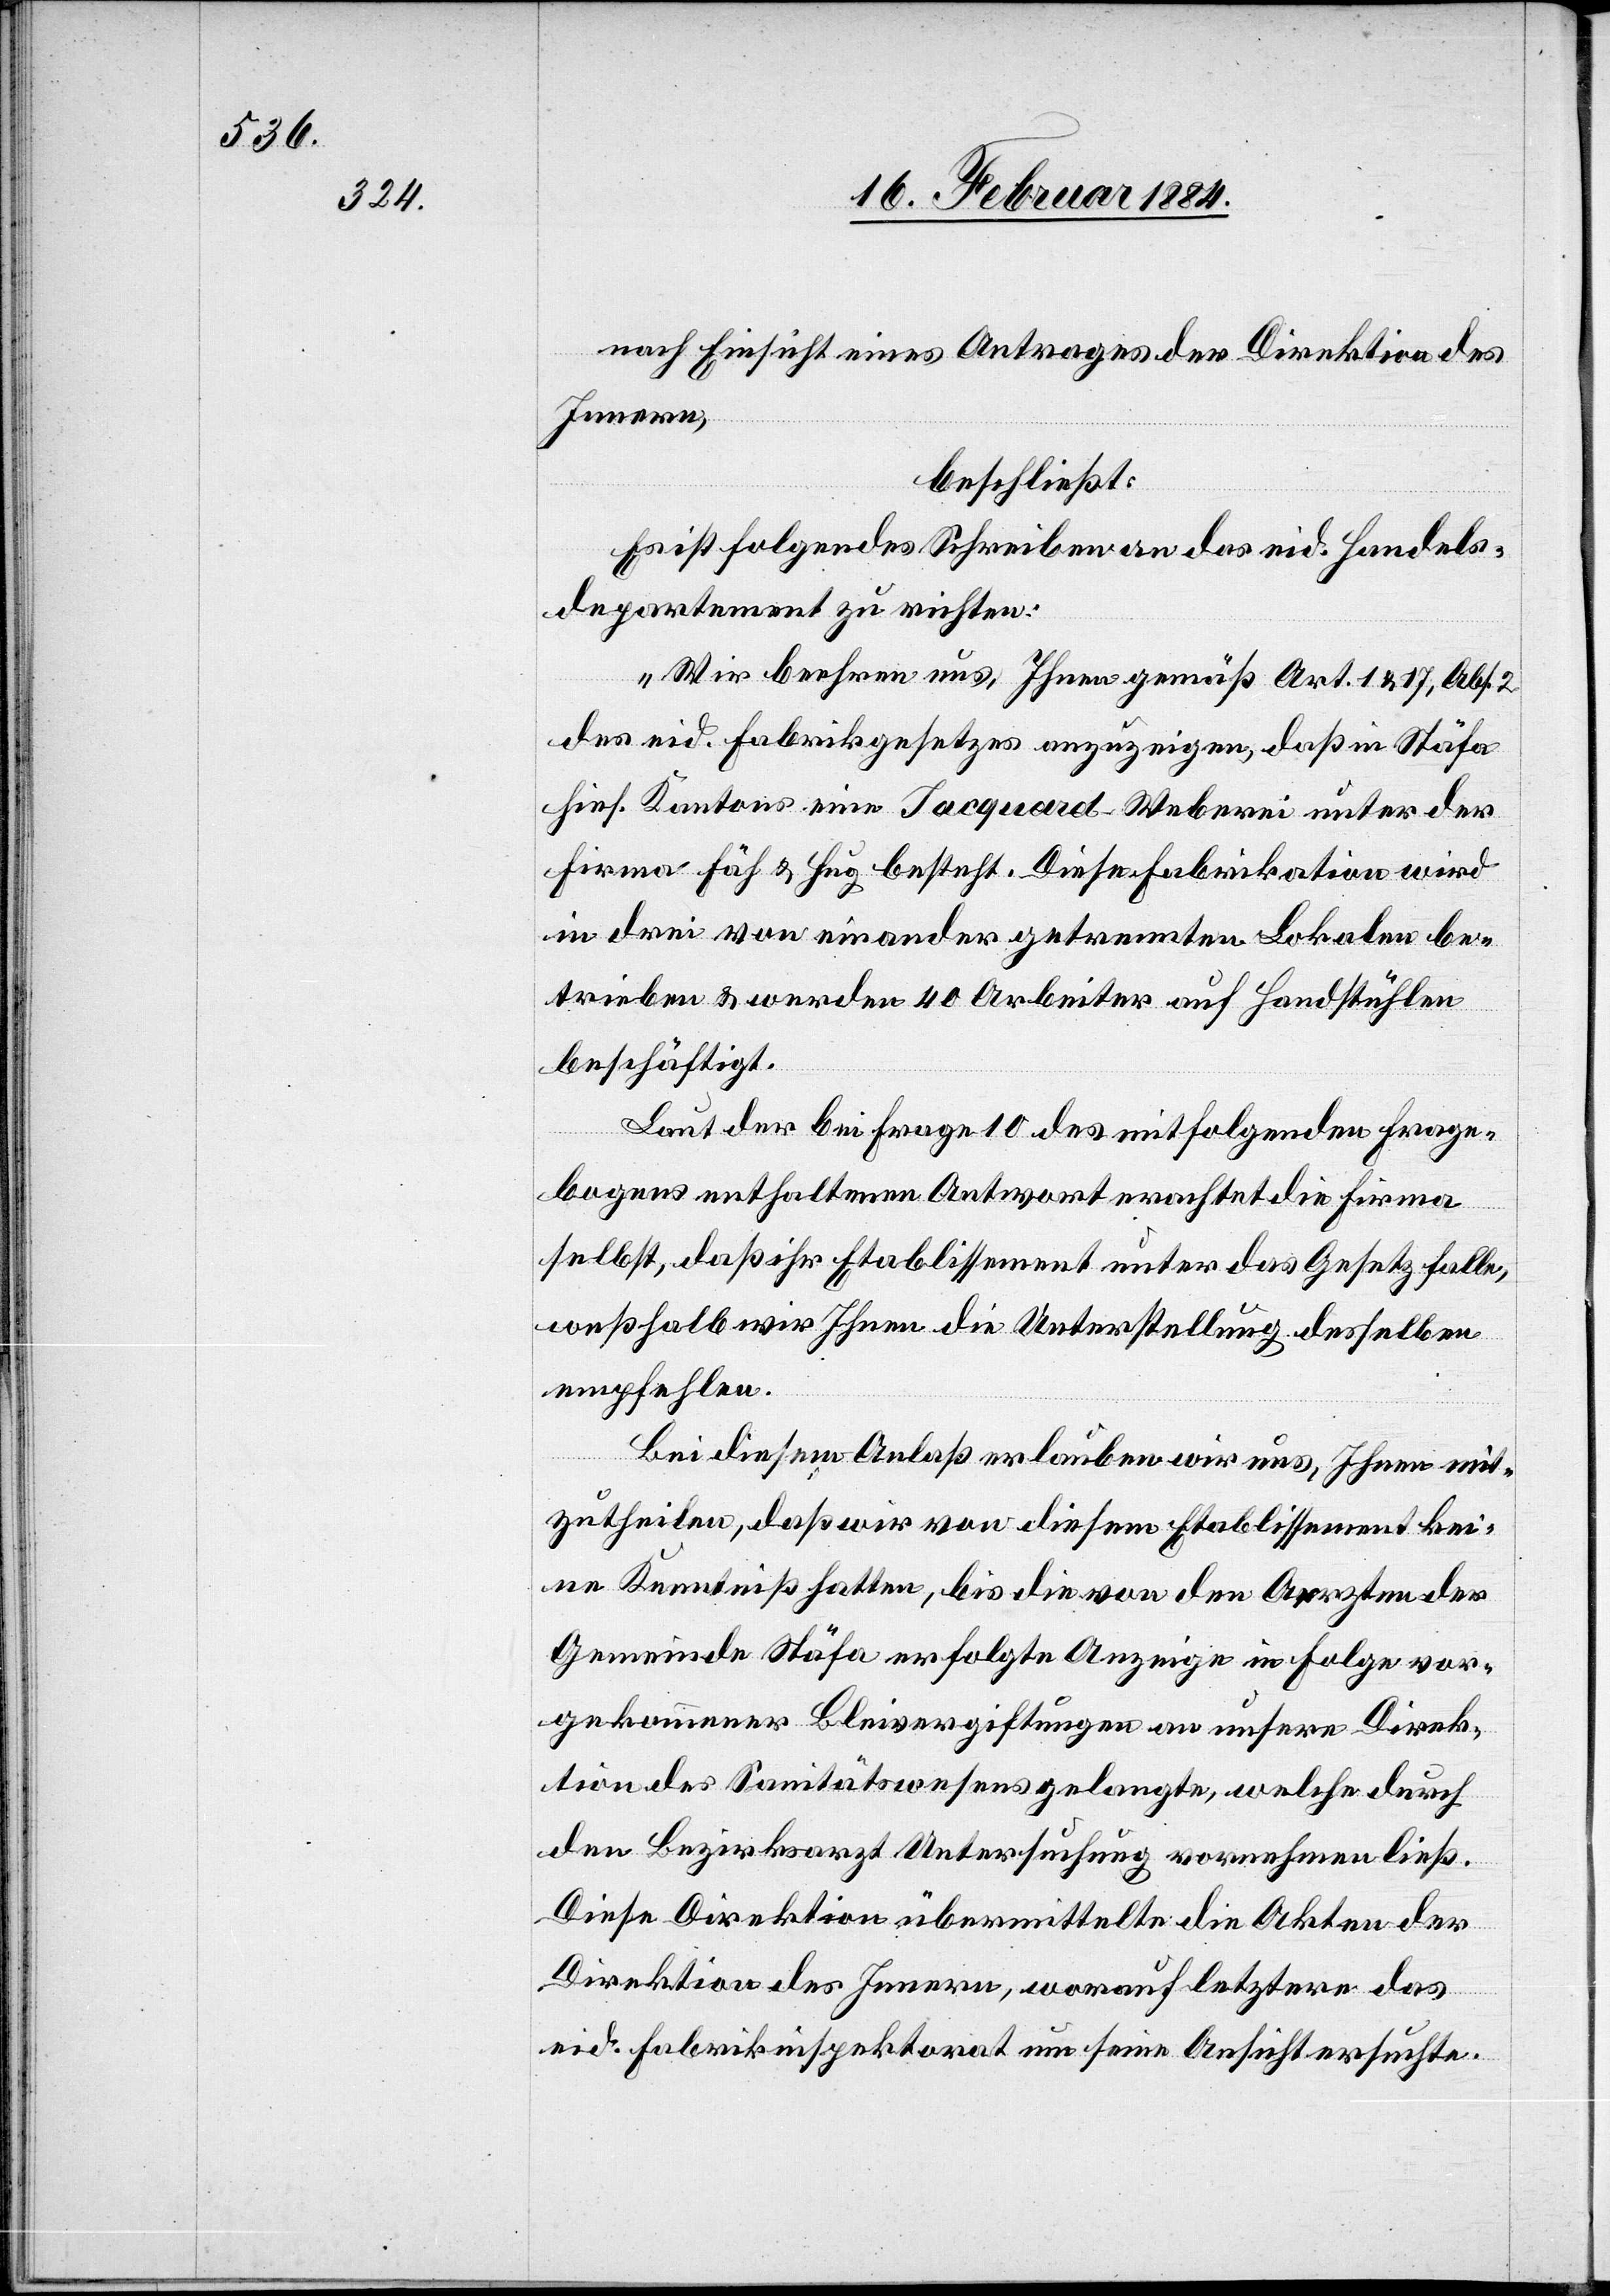
nach Einsicht eines Antrages der Direktion des
Innern
beschließt:
Es ist folgendes Schreiben an das eid. Handels¬
departement zu richten:
„Wir beehren uns, Ihnen gemäß Art. 1 & 17, Abs. 2
des eid. Fabrikgesetzes anzuzeigen, daß in Stäfa
hies. Kantons eine Jacquard Weberei unter der
Firma Fäh & Hug besteht. Diese Fabrikation wird
in drei von einander getrennten Lokalen be¬
trieben & werden 40 Arbeiter auf Handstühlen
beschäftigt.
Laut der bei Frage 10 des mitfolgenden Frage¬
bogens enthaltenen Antwort erachtet die Firma
selbst, daß ihr Etablissement unter das Gesetz falle,
weßhalb wir Ihnen die Unterstellung desselben
empfehlen.
Bei diesem Anlaß erlauben wir uns, Ihnen mit¬
zutheilen, daß wir von diesem Etablissement kei¬
ne Kenntniß hatten, bis die von den Aerzten der
Gemeinde Stäfa erfolgte Anzeige in Folge vor¬
gekommener Bleivergiftungen an unsere Direk¬
tion des Sanitätswesens gelangte, welche durch
den Bezirksarzt Untersuchung vornehmen ließ.
Diese Direktion übermittelte die Akten der
Direktion des Innern, worauf letztere das
eid. Fabrikinspektorat um seine Ansicht ersuchte.